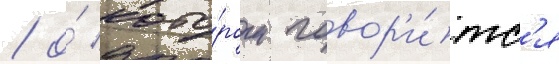
/ о́ кото́ром говор'и́тс'я